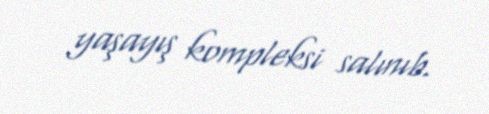
yaşayış kompleksi salınıb.